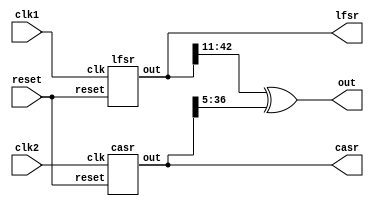
`timescale 1ns / 1ps
//////////////////////////////////////////////////////////////////////////////////
// Company: 
// Engineer: 
// 
// Design Name: 
// Module Name:    rng 
// Project Name: 
// Target Devices: 
// Tool versions: 
// Description: 
//
// Dependencies: 
//
// Revision: 
// Revision 0.01 - File Created
// Additional Comments: 
//
//////////////////////////////////////////////////////////////////////////////////
module rng(
            input wire clk1,
            input wire clk2,
            input wire reset,
            output wire [31:0] out,
            
            output wire [42:0] lfsr,
            output wire [36:0] casr
    );

    lfsr lfsr_0(
                .clk(clk1),
                .reset(reset),
                .out(lfsr)
                );
                
    casr casr_0(
                .clk(clk2),
                .reset(reset),
                .out(casr)
                );
                
    assign out = lfsr[42:11] ^ casr[36:5];


endmodule


module lfsr(
    input wire clk,
    input wire reset,
    output reg [42:0] out
    );
    
    
    always @ (posedge clk or posedge reset)
        if (reset) out<= 43'h400_0000_0000;
        else out <= { (out[42] ^ out[40]) ^ (out[19] ^ out[0]) , out[42:1]};


    
endmodule


  module casr(
      input wire clk,
      input wire reset,
      output wire [36:0] out
    );

  
	 casr_90 bit0( .clk(clk), .reset(reset), .in_left(out[1]), .in_right(1'b0), .out(out[0]) );
	 casr_90 bit1( .clk(clk), .reset(reset), .in_left(out[2]), .in_right(out[0]), .out(out[1]) );
	 casr_90 bit2( .clk(clk), .reset(reset), .in_left(out[3]), .in_right(out[1]), .out(out[2]) );
	 casr_90 bit3( .clk(clk), .reset(reset), .in_left(out[4]), .in_right(out[2]), .out(out[3]) );
	 casr_90 bit4( .clk(clk), .reset(reset), .in_left(out[5]), .in_right(out[3]), .out(out[4]) );
	 casr_90 bit5( .clk(clk), .reset(reset), .in_left(out[6]), .in_right(out[4]), .out(out[5]) );
	 casr_90 bit6( .clk(clk), .reset(reset), .in_left(out[7]), .in_right(out[5]), .out(out[6]) );
	 casr_90 bit7( .clk(clk), .reset(reset), .in_left(out[8]), .in_right(out[6]), .out(out[7]) );
	 casr_90 bit8( .clk(clk), .reset(reset), .in_left(out[9]), .in_right(out[7]), .out(out[8]) );
	 casr_90 bit9( .clk(clk), .reset(reset), .in_left(out[10]), .in_right(out[8]), .out(out[9]) );
	 casr_90 bit10( .clk(clk), .reset(reset), .in_left(out[11]), .in_right(out[9]), .out(out[10]) );
	 casr_90 bit11( .clk(clk), .reset(reset), .in_left(out[12]), .in_right(out[10]), .out(out[11]) );
	 casr_90 bit12( .clk(clk), .reset(reset), .in_left(out[13]), .in_right(out[11]), .out(out[12]) );
	 casr_90 bit13( .clk(clk), .reset(reset), .in_left(out[14]), .in_right(out[12]), .out(out[13]) );
	 casr_90 bit14( .clk(clk), .reset(reset), .in_left(out[15]), .in_right(out[13]), .out(out[14]) );
	 casr_90 bit15( .clk(clk), .reset(reset), .in_left(out[16]), .in_right(out[14]), .out(out[15]) );
	 casr_90 bit16( .clk(clk), .reset(reset), .in_left(out[17]), .in_right(out[15]), .out(out[16]) );
	 casr_90 bit17( .clk(clk), .reset(reset), .in_left(out[18]), .in_right(out[16]), .out(out[17]) );
	 casr_90 bit18( .clk(clk), .reset(reset), .in_left(out[19]), .in_right(out[17]), .out(out[18]) );
	 casr_90 bit19( .clk(clk), .reset(reset), .in_left(out[20]), .in_right(out[18]), .out(out[19]) );
	 casr_90 bit20( .clk(clk), .reset(reset), .in_left(out[21]), .in_right(out[19]), .out(out[20]) );
	 casr_90 bit21( .clk(clk), .reset(reset), .in_left(out[22]), .in_right(out[20]), .out(out[21]) );
	 casr_90 bit22( .clk(clk), .reset(reset), .in_left(out[23]), .in_right(out[21]), .out(out[22]) );
	 casr_90 bit23( .clk(clk), .reset(reset), .in_left(out[24]), .in_right(out[22]), .out(out[23]) );
	 casr_90 bit24( .clk(clk), .reset(reset), .in_left(out[25]), .in_right(out[23]), .out(out[24]) );
	 casr_90 bit25( .clk(clk), .reset(reset), .in_left(out[26]), .in_right(out[24]), .out(out[25]) );
	 casr_90 bit26( .clk(clk), .reset(reset), .in_left(out[27]), .in_right(out[25]), .out(out[26]) );
	 casr_90 bit27( .clk(clk), .reset(reset), .in_left(out[28]), .in_right(out[26]), .out(out[27]) );
	 casr_150 bit28( .clk(clk), .reset(reset), .in_left(out[29]), .in_right(out[27]), .out(out[28]) );
	 casr_90 bit29( .clk(clk), .reset(reset), .in_left(out[30]), .in_right(out[28]), .out(out[29]) );
	 casr_90 bit30( .clk(clk), .reset(reset), .in_left(out[31]), .in_right(out[29]), .out(out[30]) );
	 casr_90 bit31( .clk(clk), .reset(reset), .in_left(out[32]), .in_right(out[30]), .out(out[31]) );
	 casr_90 bit32( .clk(clk), .reset(reset), .in_left(out[33]), .in_right(out[31]), .out(out[32]) );
	 casr_90 bit33( .clk(clk), .reset(reset), .in_left(out[34]), .in_right(out[32]), .out(out[33]) );
	 casr_90 bit34( .clk(clk), .reset(reset), .in_left(out[35]), .in_right(out[33]), .out(out[34]) );
	 casr_90 bit35( .clk(clk), .reset(reset), .in_left(out[36]), .in_right(out[34]), .out(out[35]) );
	 casr_90 bit36( .clk(clk), .reset(reset), .in_left(1'b0), .in_right(out[35]), .out(out[36]) );
endmodule


module  casr_90(
        input wire clk,
        input wire reset,
        input wire in_left,
        input wire in_right,
        output reg out
    );
    
    
    always @ (posedge clk or posedge reset)
        if (reset) out <= 0;
        else out <= in_left ^ in_right;

endmodule

module casr_150 (
        input wire clk,
        input wire reset,
        input wire in_left,
        input wire in_right,
        output reg out
        );
        
    always @ (posedge clk or posedge reset)
        if (reset) out <= 1;
        else out <= in_left ^ ( out ^ in_right );
        
        
endmodule